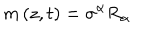
m \left( z , t \right) = \sigma ^ { \alpha } R _ { \alpha }